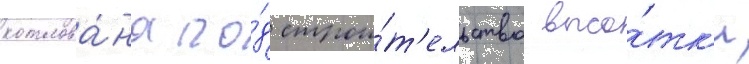
котлова́на по́д строи́т'ельство высо́тк'и